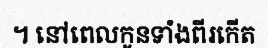
។ នៅពេលកូនទាំងពីរកើត